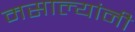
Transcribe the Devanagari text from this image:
मसाल्यांनी